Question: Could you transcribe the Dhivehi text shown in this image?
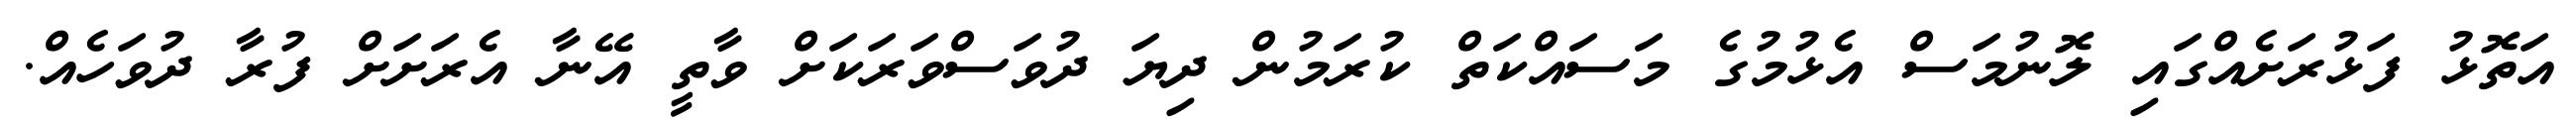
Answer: އަތޮޅު ފަޅުރަށެއްގައި ލޮނުމަސް އެޅުމުގެ މަސައްކަތް ކުރަމުން ދިޔަ ދުވަސްވަރަކަށް ވާތީ އޭނާ އެރަށަށް ފުރާ ދުވަހެއް.